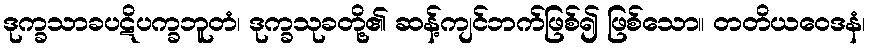
ဒုက္ခသာခပဋိပက္ခဘူတံ၊ ဒုက္ခသုခတို့၏ ဆန့်ကျင်ဘက်ဖြစ်၍ ဖြစ်သော။ တတိယဝေဒနံ၊